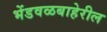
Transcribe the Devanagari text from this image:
भेंडवळबाहेरील